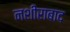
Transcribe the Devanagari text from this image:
नशीराबाद